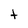
Character: t